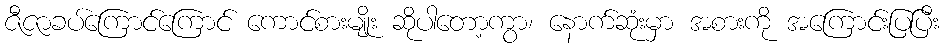
ဇီဇာခပ်ကြောင်ကြောင် ကောင်စားမျိုး ဆိုပါတော့ကွာ၊ နောက်ဆုံးမှာ အစားကို အကြောင်းပြပြီး